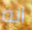
انه